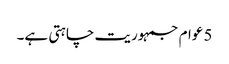
5 عوام جمہوریت چاہتی ہے۔